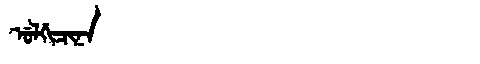
Manchu: ᡠᠯᡤᡳᠴᡳᠨᠠ
Romanization: ULGICINA